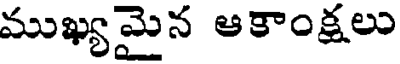
ముఖ్యమైన ఆకాంక్షలు